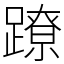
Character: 蹽